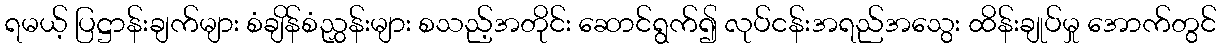
ရမယ့် ပြဋ္ဌာန်းချက်များ စံချိန်စံညွှန်းများ စသည့်အတိုင်း ဆောင်ရွက်၍ လုပ်ငန်းအရည်အသွေး ထိန်းချုပ်မှု အောက်တွင်